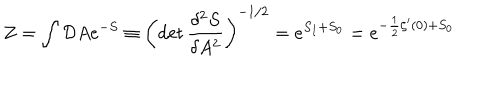
Z = \int { \cal D } A e ^ { - S } \equiv \left( \det \frac { \delta ^ { 2 } S } { \delta A ^ { 2 } } \right) ^ { - 1 / 2 } = e ^ { S _ { I } + S _ { 0 } } = e ^ { - \frac { 1 } { 2 } \zeta ^ { \prime } ( 0 ) + S _ { 0 } }